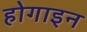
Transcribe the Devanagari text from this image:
होगाइन